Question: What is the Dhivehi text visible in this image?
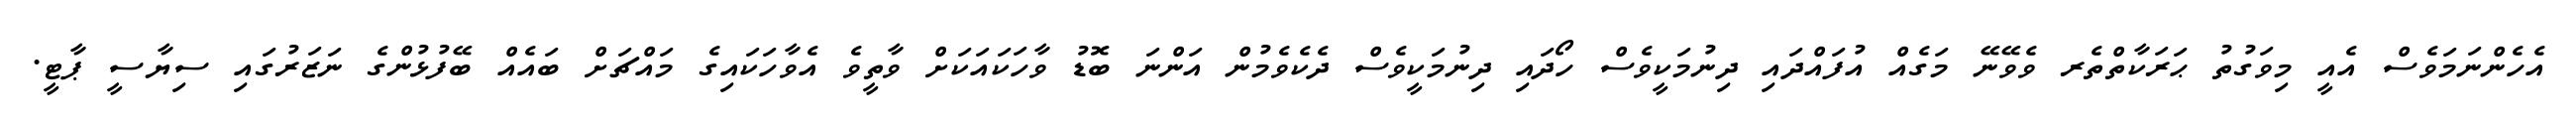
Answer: އެހެންނަމަވެސް އެއީ މިވަގުތު ޙަރަކާތްތެރ ވެވޭނޭ މަގެއް އުފައްދައި ދިނުމަކީވެސް ހޯދައި ދިނުމަކީވެސް ދެކެވެމުން އަންނަ ބޮޑު ވާހަކައަކަށް ވާތީވެ އެވާހަކައިގެ މައްޗަށް ބައެއް ބޭފުޅުންގެ ނަޒަރުގައި ސިޔާސީ ޕާޓީ.